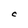
Character: C